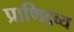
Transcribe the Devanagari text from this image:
प्राणिद्रव्य